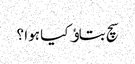
سچ بتاﺅ کیا ہوا ؟